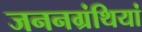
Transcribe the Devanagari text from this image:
जननग्रंथियां